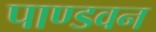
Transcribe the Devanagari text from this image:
पाण्डवन